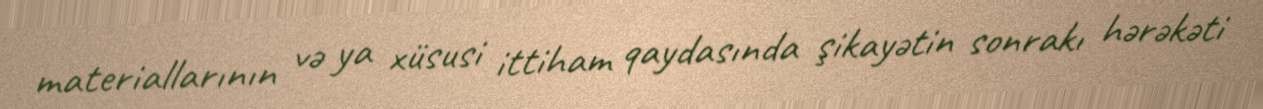
materiallarının və ya xüsusi ittiham qaydasında şikayətin sonrakı hərəkəti